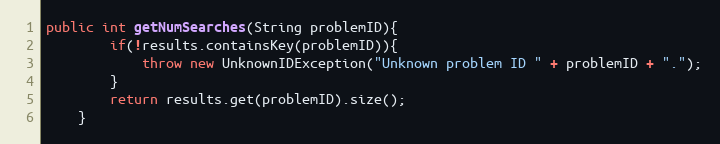
Language: Java
public int getNumSearches(String problemID){
        if(!results.containsKey(problemID)){
            throw new UnknownIDException("Unknown problem ID " + problemID + ".");
        }
        return results.get(problemID).size();
    }